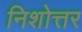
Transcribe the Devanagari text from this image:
निशोत्तर